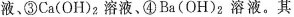
液、③Ca(OH)_{2} 溶液、④Ba(OH)_{2}溶液。其